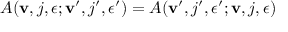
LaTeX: A ( { \bf v } , j , \epsilon ; { \bf v } ^ { \prime } , j ^ { \prime } , \epsilon ^ { \prime } ) = A ( { \bf v } ^ { \prime } , j ^ { \prime } , \epsilon ^ { \prime } ; { \bf v } , j , \epsilon )